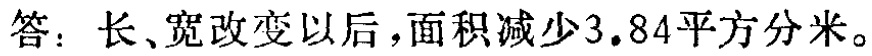
答：长、宽改变以后，面积减少3.84平方分米。